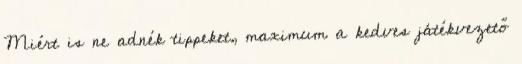
Miért is ne adnék tippeket, maximum a kedves játékvezető